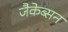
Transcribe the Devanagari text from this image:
जैकेब्सन